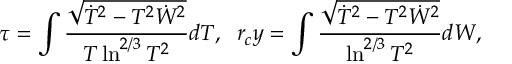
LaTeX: \tau = \int \frac { \sqrt { \dot { T } ^ { 2 } - T ^ { 2 } \dot { W } ^ { 2 } } } { T \ln ^ { 2 / 3 } T ^ { 2 } } d T , \; \; r _ { c } y = \int \frac { \sqrt { \dot { T } ^ { 2 } - T ^ { 2 } \dot { W } ^ { 2 } } } { \ln ^ { 2 / 3 } T ^ { 2 } } d W ,